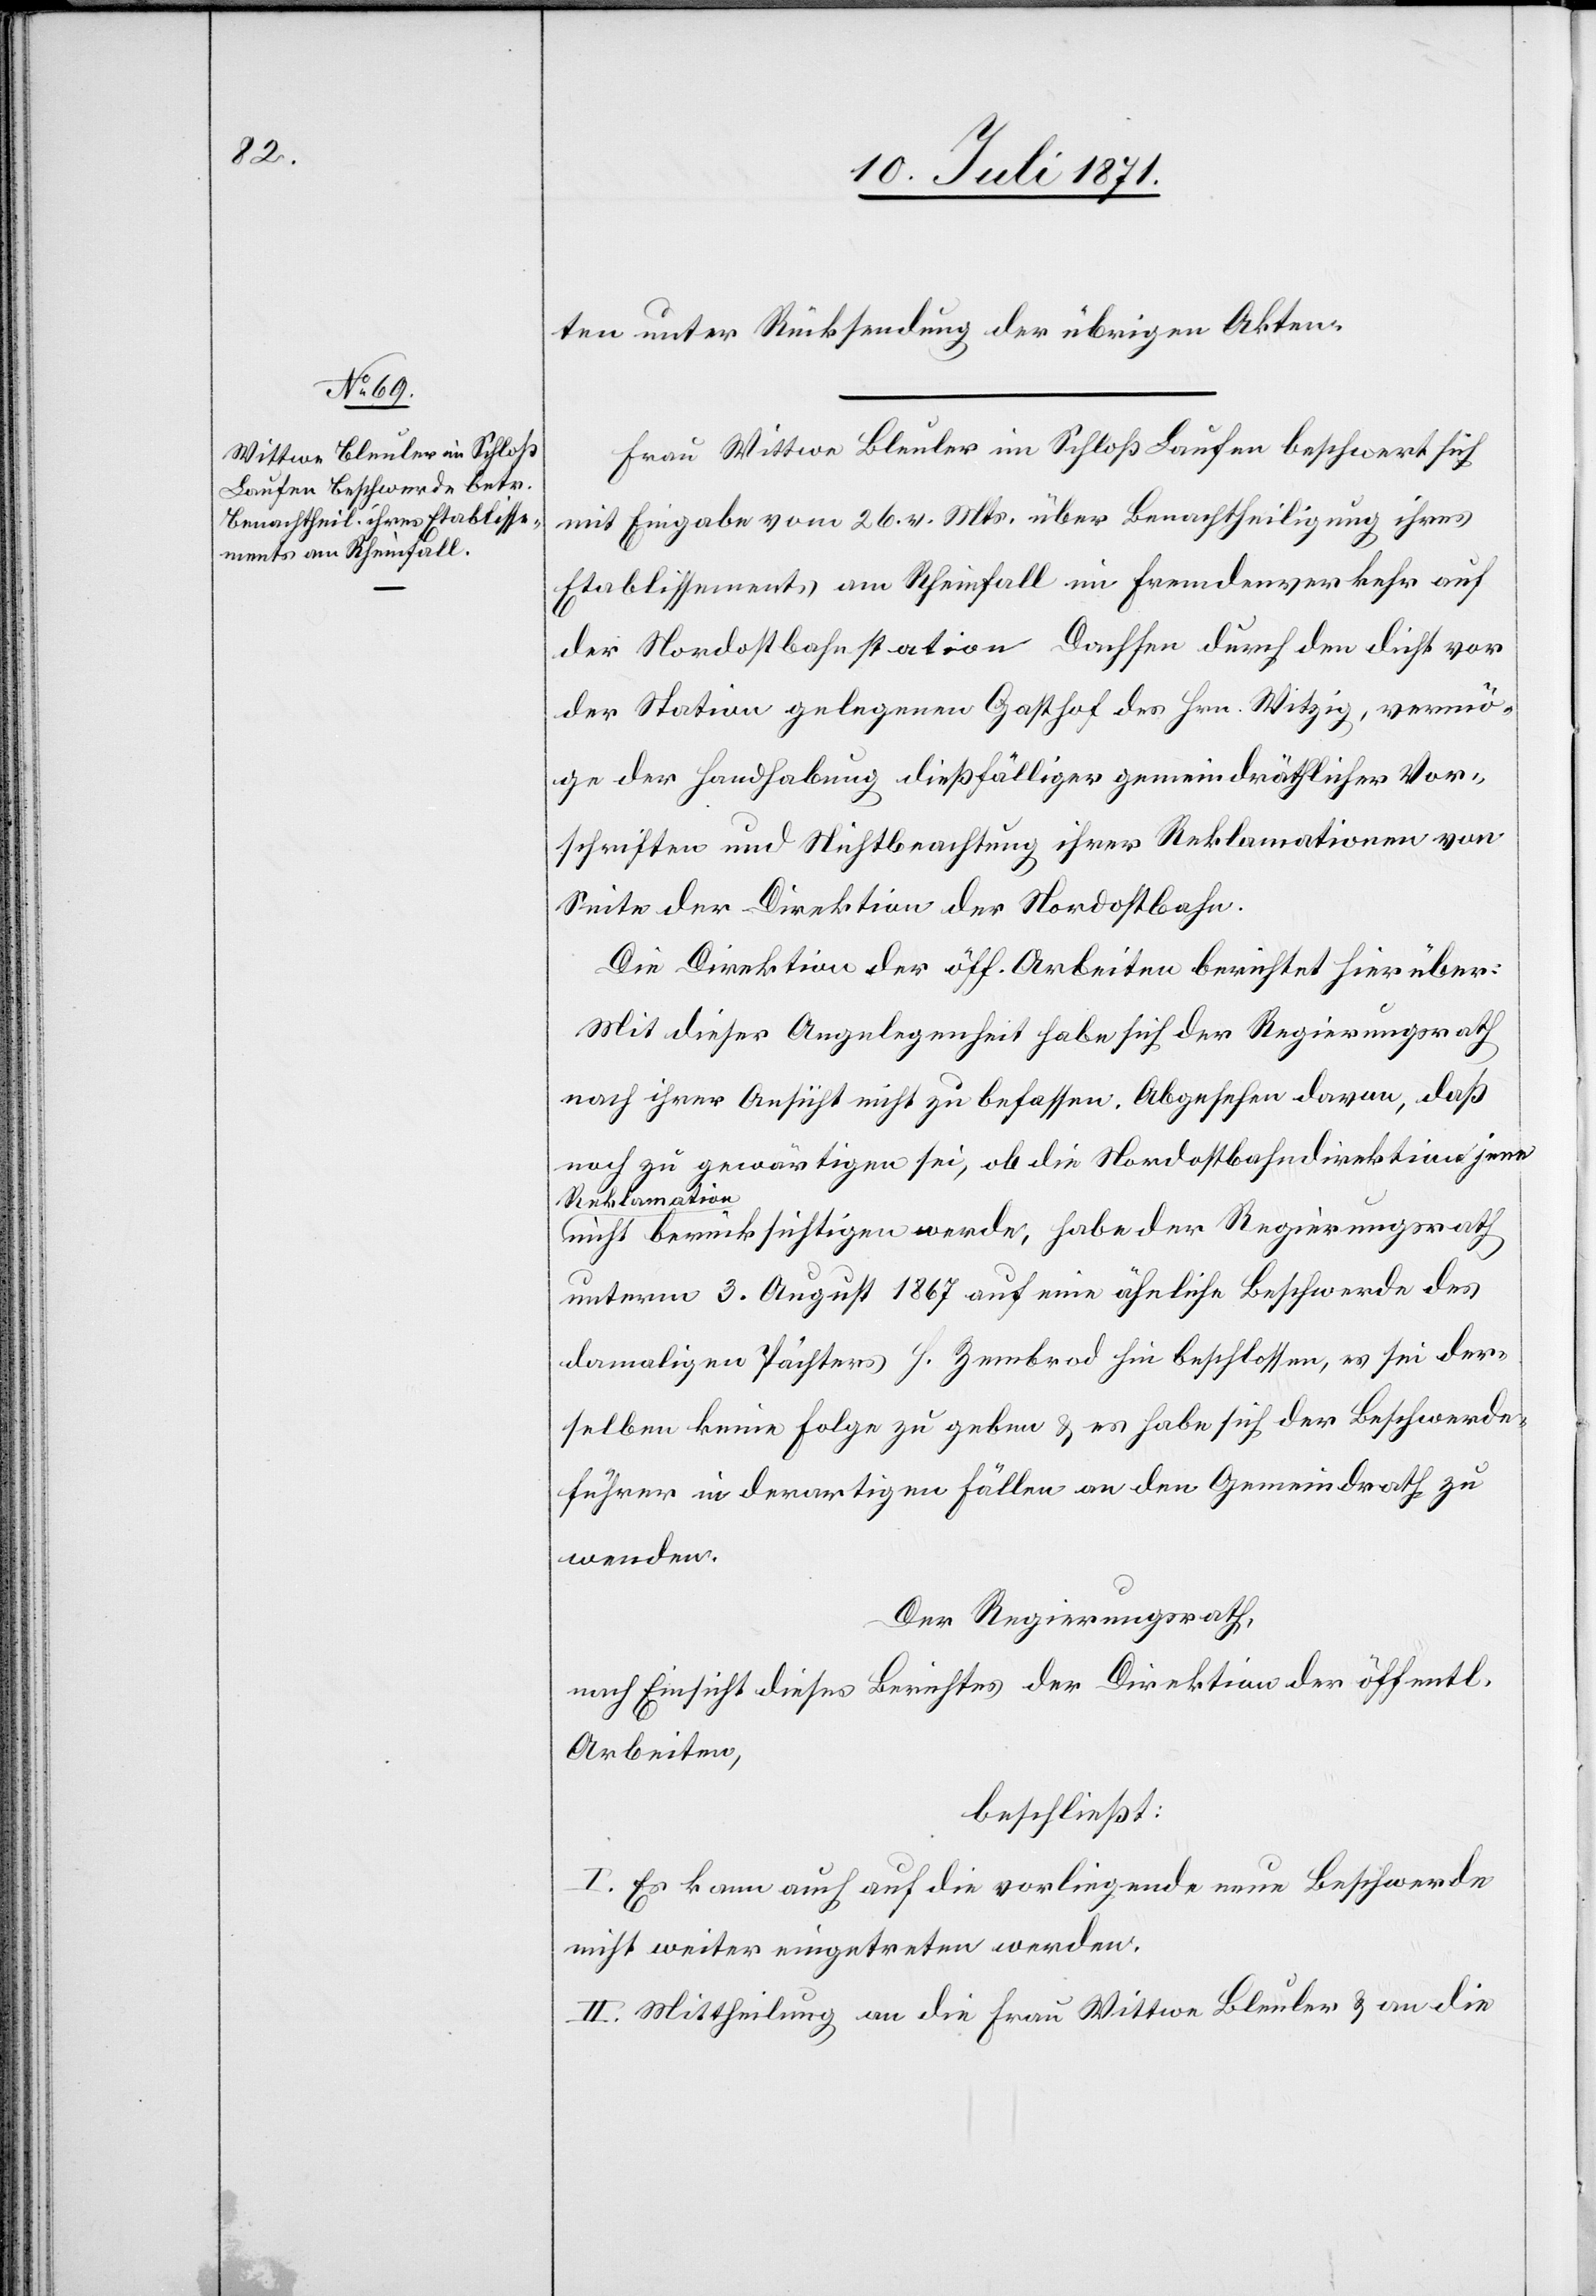
ten unter Rücksendung der übrigen Akten.
Frau Wittwe Bleuler im Schloß Laufen beschwert sich
mit Eingabe vom 26. v. Mts. über Benachtheiligung ihres
Etablissements am Rheinfall im Fremdenverkehr auf
der Nordostbahnstation Dachsen durch den dicht vor
der Station gelegenen Gasthof des Hrn. Witzig, vermö¬
ge der Handhabung dießfälliger gemeindräthlicher Vor¬
schriften und Nichtbeachtung ihrer Reklamationen von
Seite der Direktion der Nordostbahn.
Die Direktion der öff. Arbeiten berichtet hierüber:
Mit dieser Angelegenheit habe sich der Regierungsrath
nach ihrer Ansicht nicht zu befassen. Abgesehen davon, daß
noch zu gewärtigen sei, ob die Nordostbahndirektion jene
Reklamation
nicht berücksichtigen werde, habe der Regierungsrath
unterm 3. August 1867 auf eine ähnliche Beschwerde des
damaligen Pächters H. Zembrod hin beschlossen, es sei der¬
selben keine Folge zu geben u. es habe sich der Beschwerde¬
führer in derartigen Fällen an den Gemeindrath zu
wenden.
Der Regierungsrath,
nach Einsicht eines Antrages der Direktion der öffentl.
Arbeiten,
beschließt:
I. Es kann auch auf die vorliegende neue Beschwerde
nicht weiter eingetreten werden.
II. Mittheilung an die Frau Wittwe Bleuler u. an die